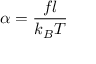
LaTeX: \alpha = { \frac { f l } { k _ { B } T } }